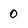
Character: 0